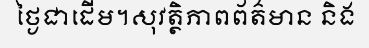
ថ្ងៃជាដើម។សុវត្ថិភាពព័ត៌មាន និង